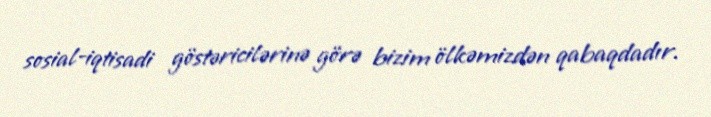
sosial-iqtisadi göstəricilərinə görə bizim ölkəmizdən qabaqdadır.